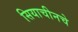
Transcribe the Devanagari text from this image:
सियाचीनचे